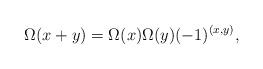
LaTeX: \begin{align*}\Omega (x +y ) = \Omega(x) \Omega(y) (-1)^{(x,y)},\end{align*}